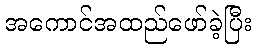
အကောင်အထည်ဖော်ခဲ့ပြီး